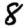
Digit: 8